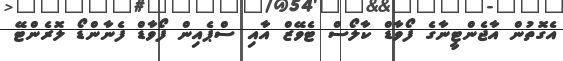
އެގޮތުން އާޖެންޓީނާގެ ފޯވާޑް ކާލޯސް ޓެވޭޒް އާއި ސްޕެއިން ފޯވާޑް ފެނާންޑޯ ލޮރެންޓޭ